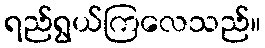
ရည်ရွယ်ကြလေသည်။